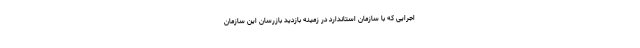
اجرایی که با سازمان استاندارد در زمینه بازدید بازرسان این سازمان